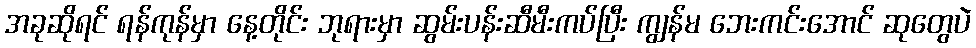
အခုဆိုရင် ရန်ကုန်မှာ နေ့တိုင်း ဘုရားမှာ ဆွမ်းပန်းဆီမီးကပ်ပြီး ကျွန်မ ဘေးကင်းအောင် ဆုတွေပဲ